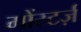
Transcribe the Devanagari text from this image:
मोंस्टर्ज़